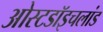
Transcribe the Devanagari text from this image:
ओस्टडॉइचलांड